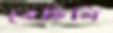
বেচিলি